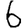
Digit: 6